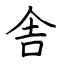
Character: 舎